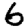
Digit: 6